65_HS1-834228961_62-HQ-83894_SUB_A
Agency: FBI
Page 68
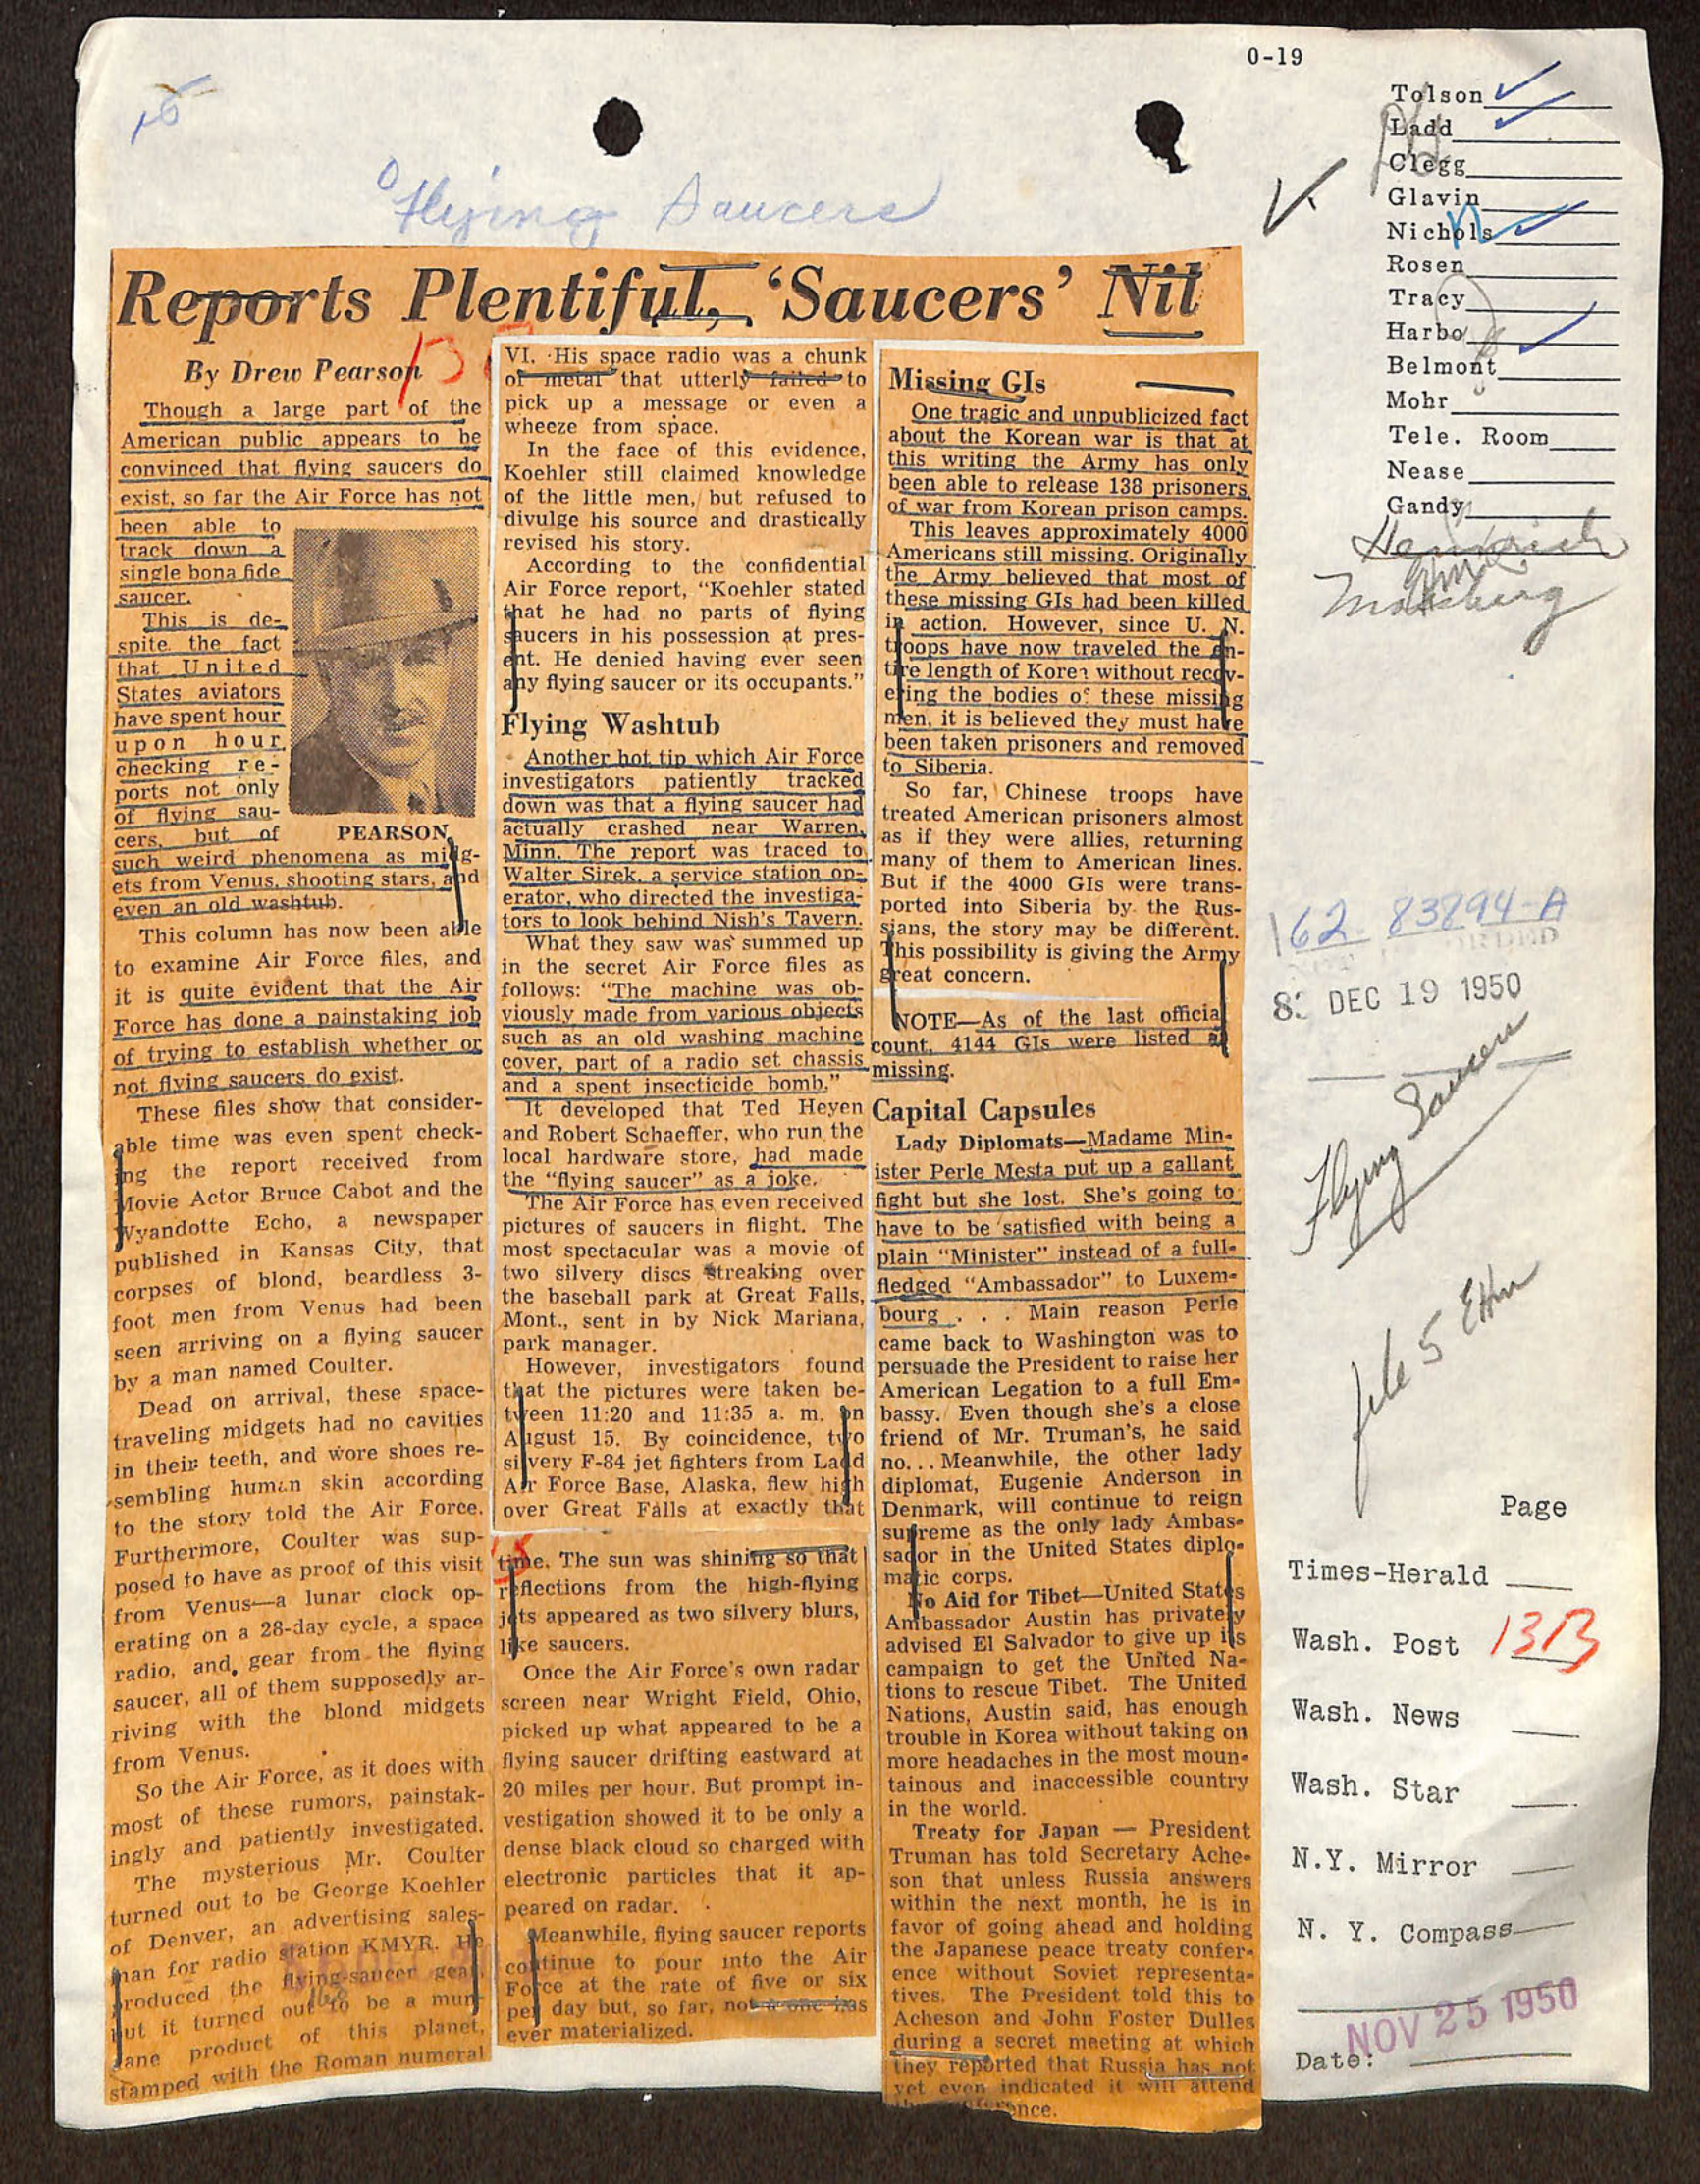